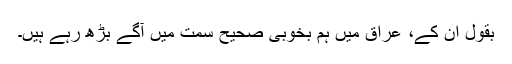
بقول اُن کے، عراق میں ہم بخوبی صحیح سمت میں آگے بڑھ رہے ہیں۔